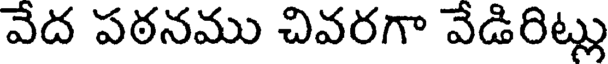
వేద పఠనము చివరగా వేడిరిట్లు